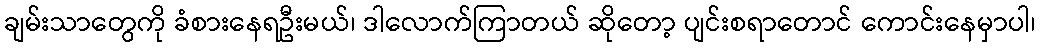
ချမ်းသာတွေကို ခံစားနေရဦးမယ်၊ ဒါလောက်ကြာတယ် ဆိုတော့ ပျင်းစရာတောင် ကောင်းနေမှာပါ၊